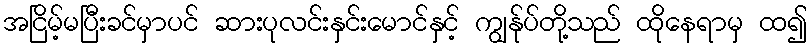
အငြိမ့်မပြီးခင်မှာပင် ဆားပုလင်းနှင်းမောင်နှင့် ကျွန်ုပ်တို့သည် ထိုနေရာမှ ထ၍